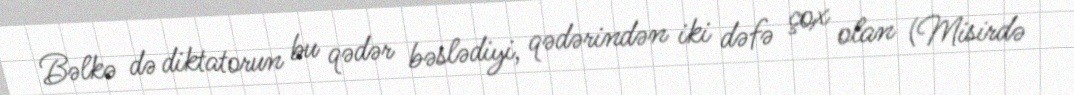
Bəlkə də diktatorun bu qədər bəslədiyi, qədərindən iki dəfə çox olan (Misirdə